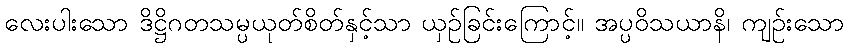
လေးပါးသော ဒိဋ္ဌိဂတသမ္ပယုတ်စိတ်နှင့်သာ ယှဉ်ခြင်းကြောင့်။ အပ္ပဝိသယာနိ၊ ကျဉ်းသော